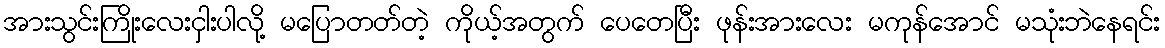
အားသွင်းကြိုးလေးငှါးပါလို့ မပြောတတ်တဲ့ ကိုယ့်အတွက် ပေတေပြီး ဖုန်းအားလေး မကုန်အောင် မသုံးဘဲနေရင်း